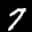
Label: 7